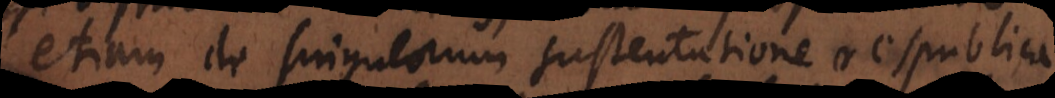
etiam de singulorum sustentatione respublica